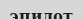
эпидот